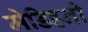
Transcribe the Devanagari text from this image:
मेडिहनी